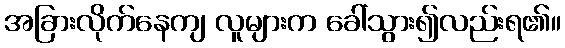
အခြားလိုက်နေကျ လူများက ခေါ်သွား၍လည်းရ၏။